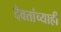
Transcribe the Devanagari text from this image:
दैवतांच्याही